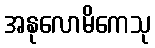
အနုလောမိကေသု